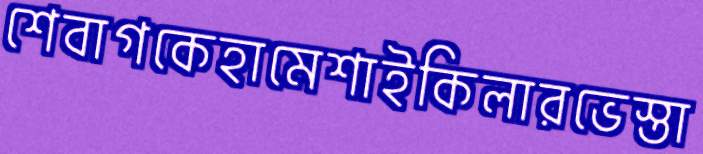
শেবাগকেহামেশাইকিলারভেস্তা